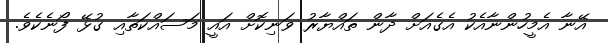
އޭނާ އެމީހުންނާއެކު އެގެއަށް ދާން ތައްޔާރު ވަނިކޮށް އައީ މަސައްކަތާއި ގުޅޭ ފޯނެކެވެ.